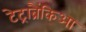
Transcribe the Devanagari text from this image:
टेट्राब्रैंकिआ